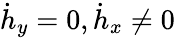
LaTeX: \dot{h}_{y}=0,\dot{h}_{x}\neq 0